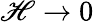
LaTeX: \mathscr{H}\rightarrow0